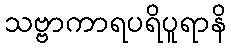
သဗ္ဗာကာရပရိပူရာနိ